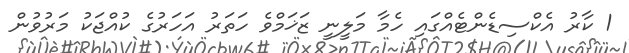
1 ކާރު އެކްސިޑެންޓެއްގައި ހެމާ މަލީނީ ޒަޚަމްވެ ހަތަރު އަހަރުގެ ކުއްޖަކު މަރުވުން